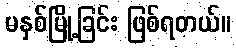
မနှစ်မြို့ခြင်း ဖြစ်ရတယ်။